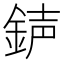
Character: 𨧅